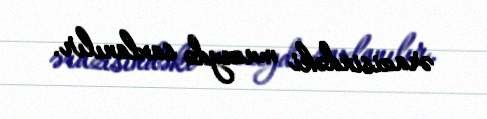
ərazisindəki muzeydə saxlanılır.